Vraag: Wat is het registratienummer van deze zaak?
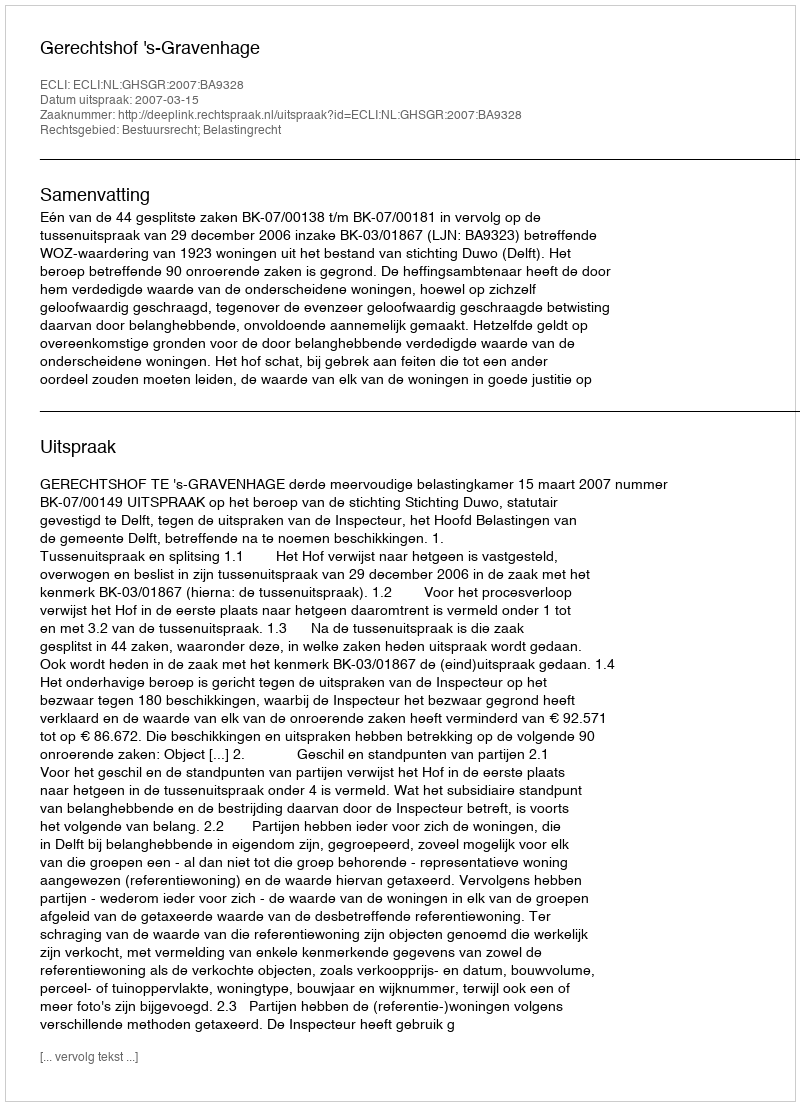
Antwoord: http://deeplink.rechtspraak.nl/uitspraak?id=ECLI:NL:GHSGR:2007:BA9328